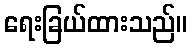
ရေးခြယ်ထားသည်။